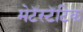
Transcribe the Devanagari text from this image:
मेटॅस्टॅटिक